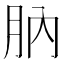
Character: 䶺